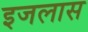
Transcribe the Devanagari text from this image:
इजलास